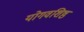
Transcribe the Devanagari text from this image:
योगवशिष्ठ